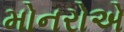
મોનરોએ